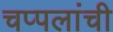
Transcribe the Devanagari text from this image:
चप्पलांची